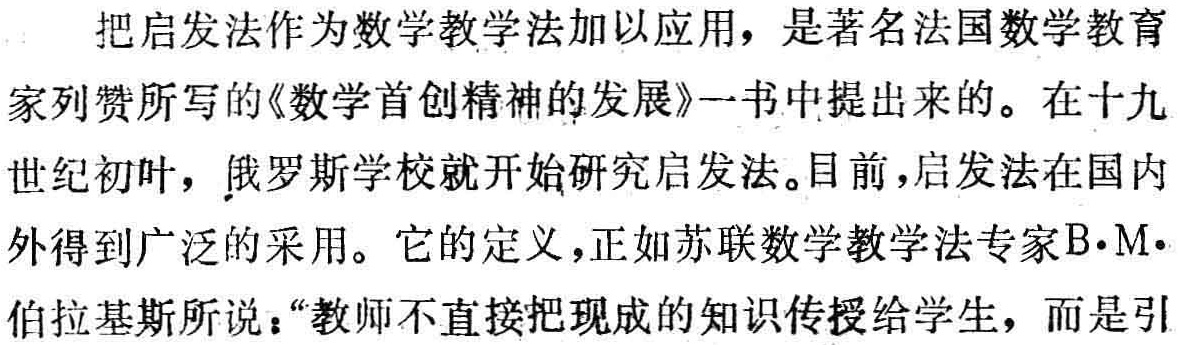
把启发法作为数学教学法加以应用，是著名法国数学教育家列赞所写的《数学首创精神的发展》一书中提出来的。在十九世纪初叶，俄罗斯学校就开始研究启发法。目前，启发法在国内外得到广泛的采用。它的定义，正如苏联数学教学法专家B·M·伯拉基斯所说：“教师不直接把现成的知识传授给学生，而是引